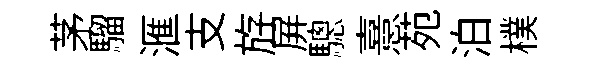
茅騮滙支斿屏驄憙苑泊樸